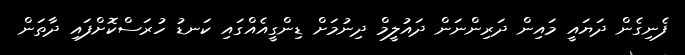
ފެނިގެން ދަޔައީ މައިން ދަރިންނަން ދައުލީމް ދިނުމަށް ޑިންގީއެއްގައި ކަނޑު ހުރަސްކޮށްފައި ދާތަން